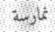
نمارسة